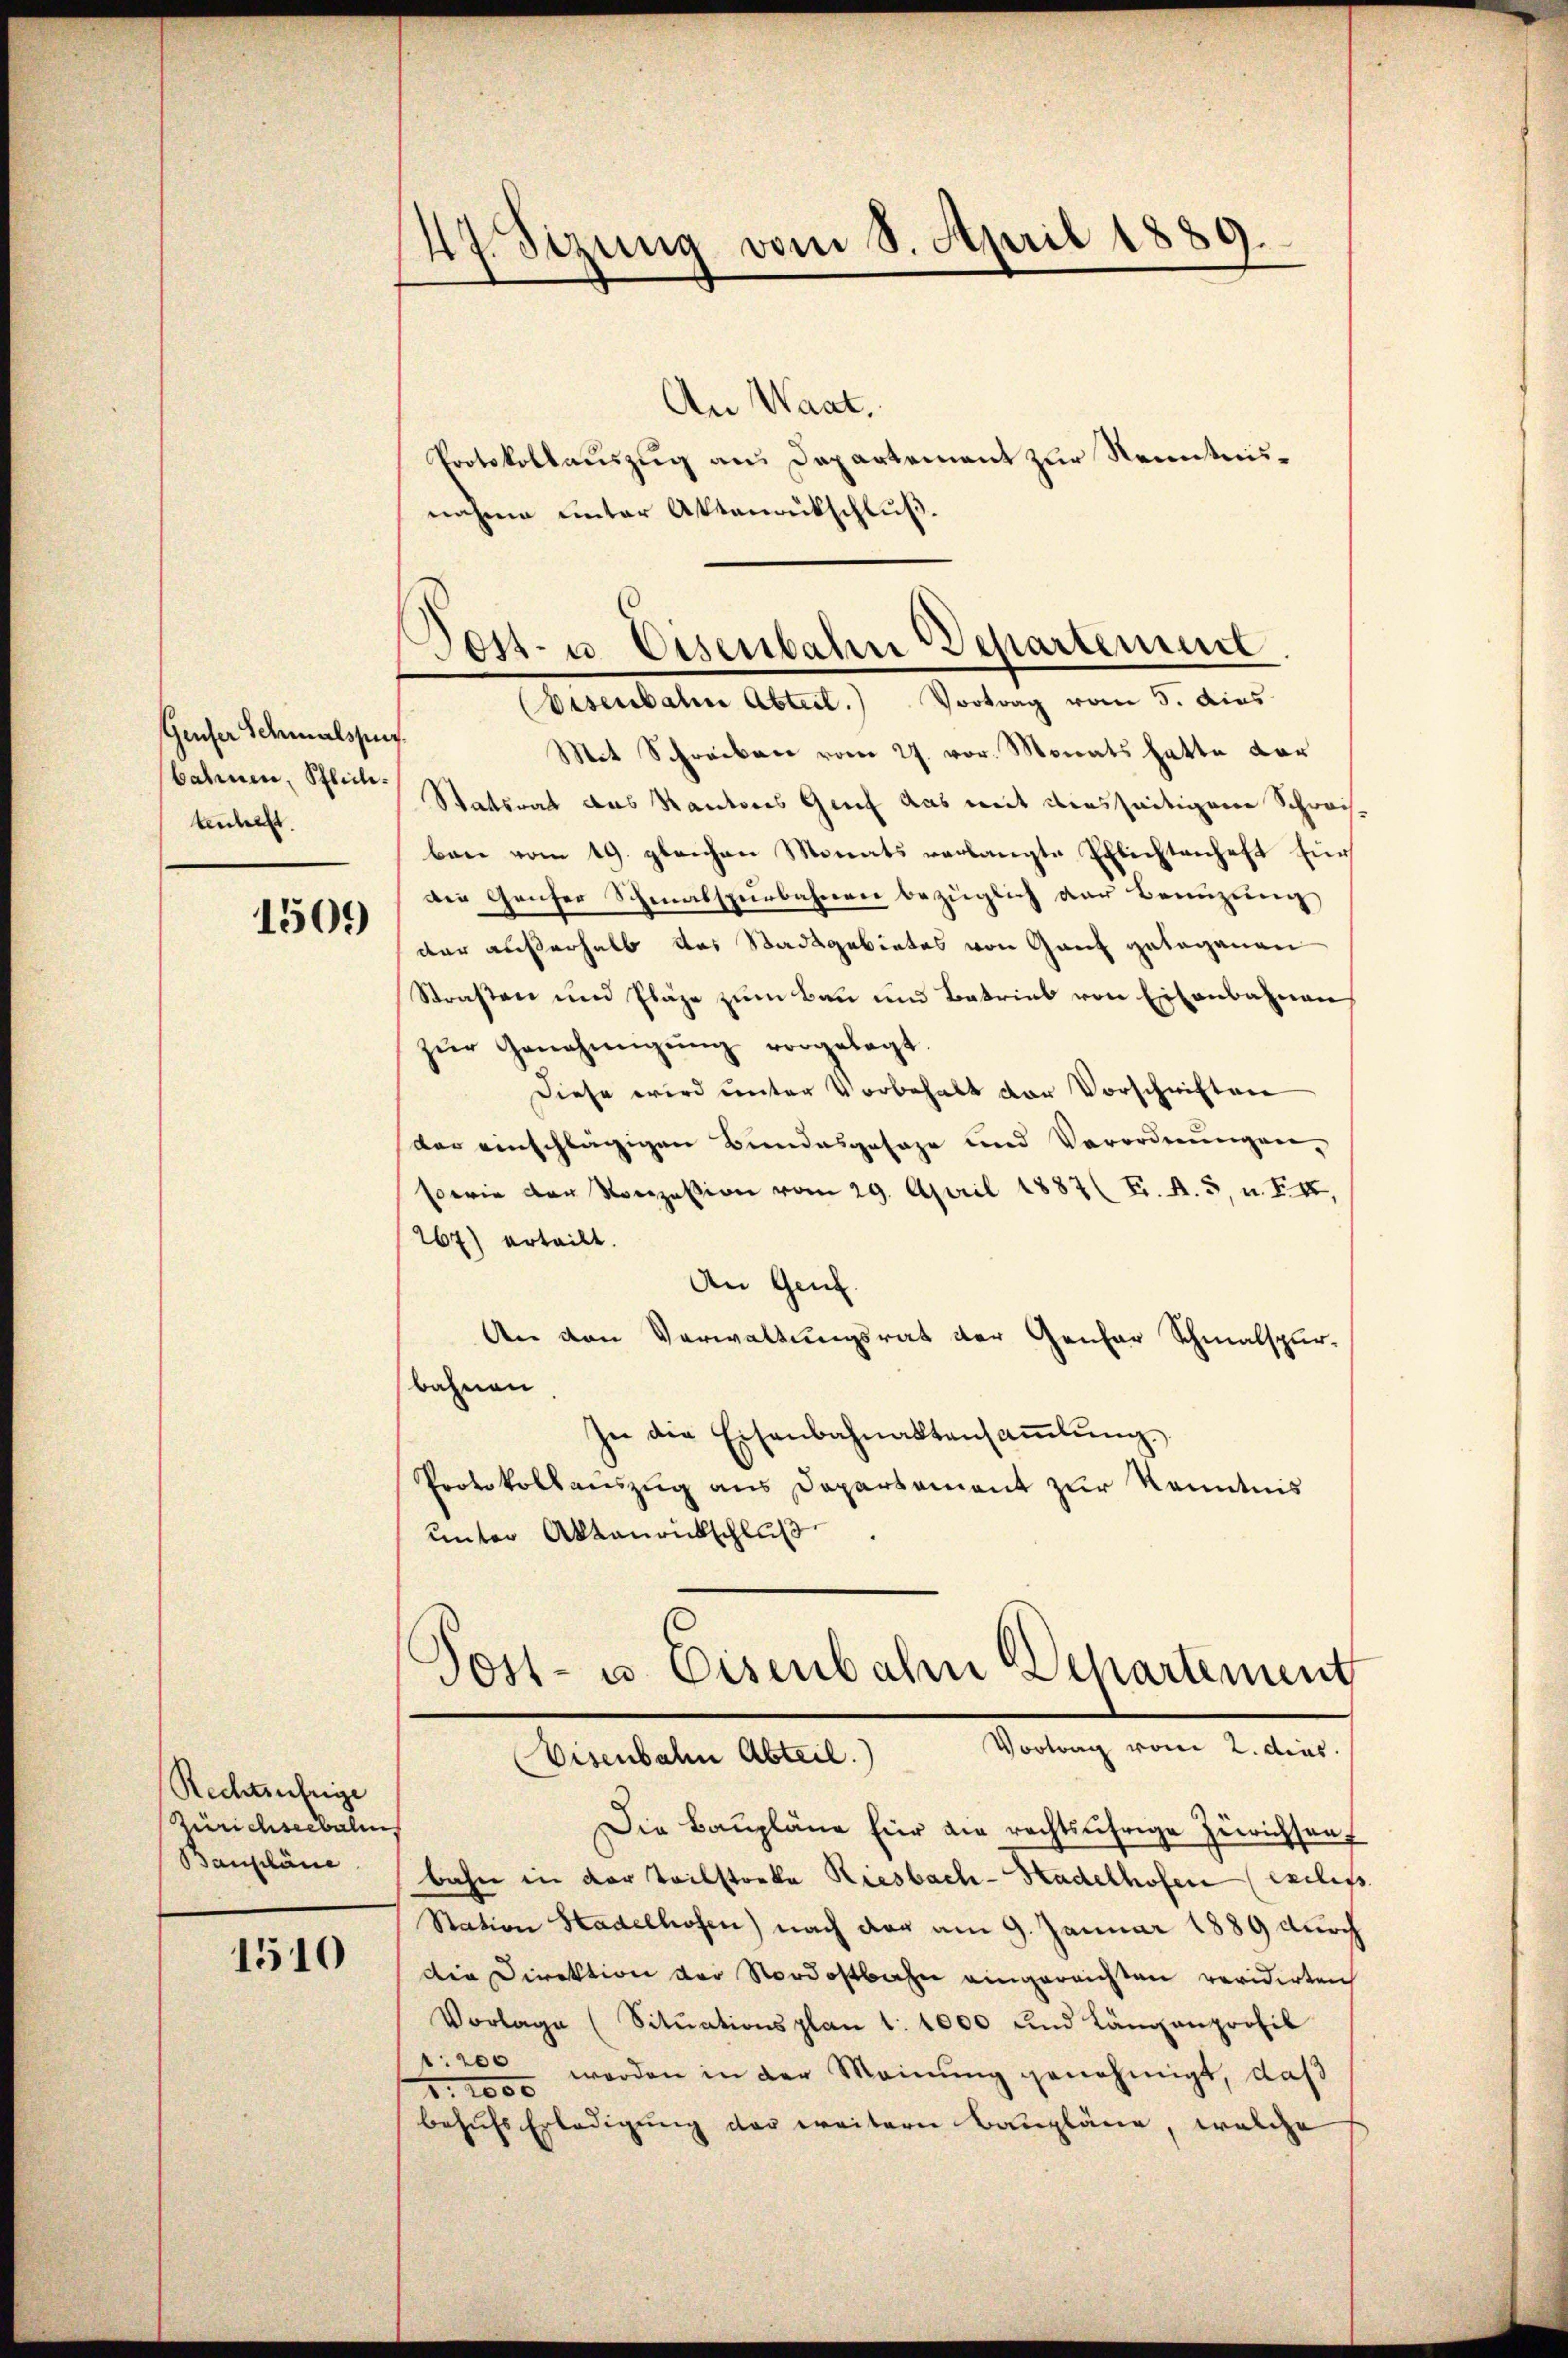
Geuser Schmalspur
bahnen, Pflich.
tenleiht.

1509

Rechtsufrige
Zürichseebali
Baupläne

1510

47. Sizung vom 8. April 1889.
e

An Waat.
Protokollauszug aus Departement zur Nenntnisnahme unter Aktenantschluß.

Post- u. Eisenbahn Departement.
Eisenbahn Abteit.) Vortrag vom 5. dies

Mit Schreiben vom 27. vor. Monats hatte dar
Statsrat aus Kantores Genf das mit diesseitigeren Schweisben vom 19. gleichen Monats verlangte Pflichtenhaft für
die Genfer Schmalspurbahnen bezüglich der Benüzung
der außerhalb das Stadtgebietes von Ganz gelegenen
Straßen und Pläze zum Bau und Betrieb von Eisenbahnen
zŭr Genehmigŭng vorgelegt
Diese wird unter Vorbehalt der Vorschriften
der einschlägigen Bundesgesage und Verordnungen,
sowie der Konzession vom 29. April 1887 ( F. A. 5, u. F. II,
267) erteilt.
An Genf.
Die den Verwaltungsrat der Genfer Schmalspur-
bahnen
In die Eisenbahnaktensaṁlŭng.
Protokollauszug aus Departement zur Kenntnis
unter Aktamentschluß
Post- u. Eisenbahn Behartement
Vortrag vom 2. dies
Visenbahn Abteil.)
Die Baupläne für die rechtsährige Zürichsauf
bahn in der Teilstocke Riesbach-Stadelhofen exilis
Station Stadelhofen) nach der am 9. Januar 1889 durch
Die Direktion der Nordostbahn eingereichten revidierten
Vorlage (Sitŭationsplan 1. 1000 und Längenprofil
r: 200 werden in der Meinung genehmigt, daß
2. 1000
behufs Erledigung der weitern Baupläne, welche